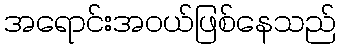
အရောင်းအဝယ်ဖြစ်နေသည်